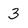
Character: 3